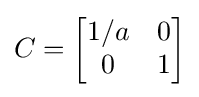
C={\begin{bmatrix}1/a&0\\0&1\end{bmatrix}}